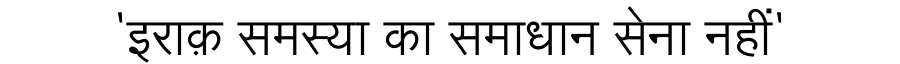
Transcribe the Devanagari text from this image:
'इराक़ समस्या का समाधान सेना नहीं'